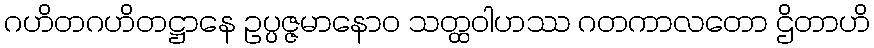
ဂဟိတဂဟိတဋ္ဌာနေ ဥပ္ပဇ္ဇမာနောဝ သတ္ထဝါဟဿ ဂတကာလတော ဌိတာဟိ